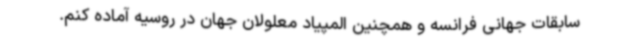
سابقات جهانی فرانسه و همچنین المپیاد معلولان جهان در روسیه آماده کنم.